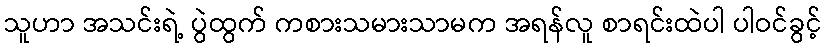
သူဟာ အသင်းရဲ့ ပွဲထွက် ကစားသမားသာမက အရန်လူ စာရင်းထဲပါ ပါဝင်ခွင့်